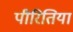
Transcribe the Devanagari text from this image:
पीरितिया